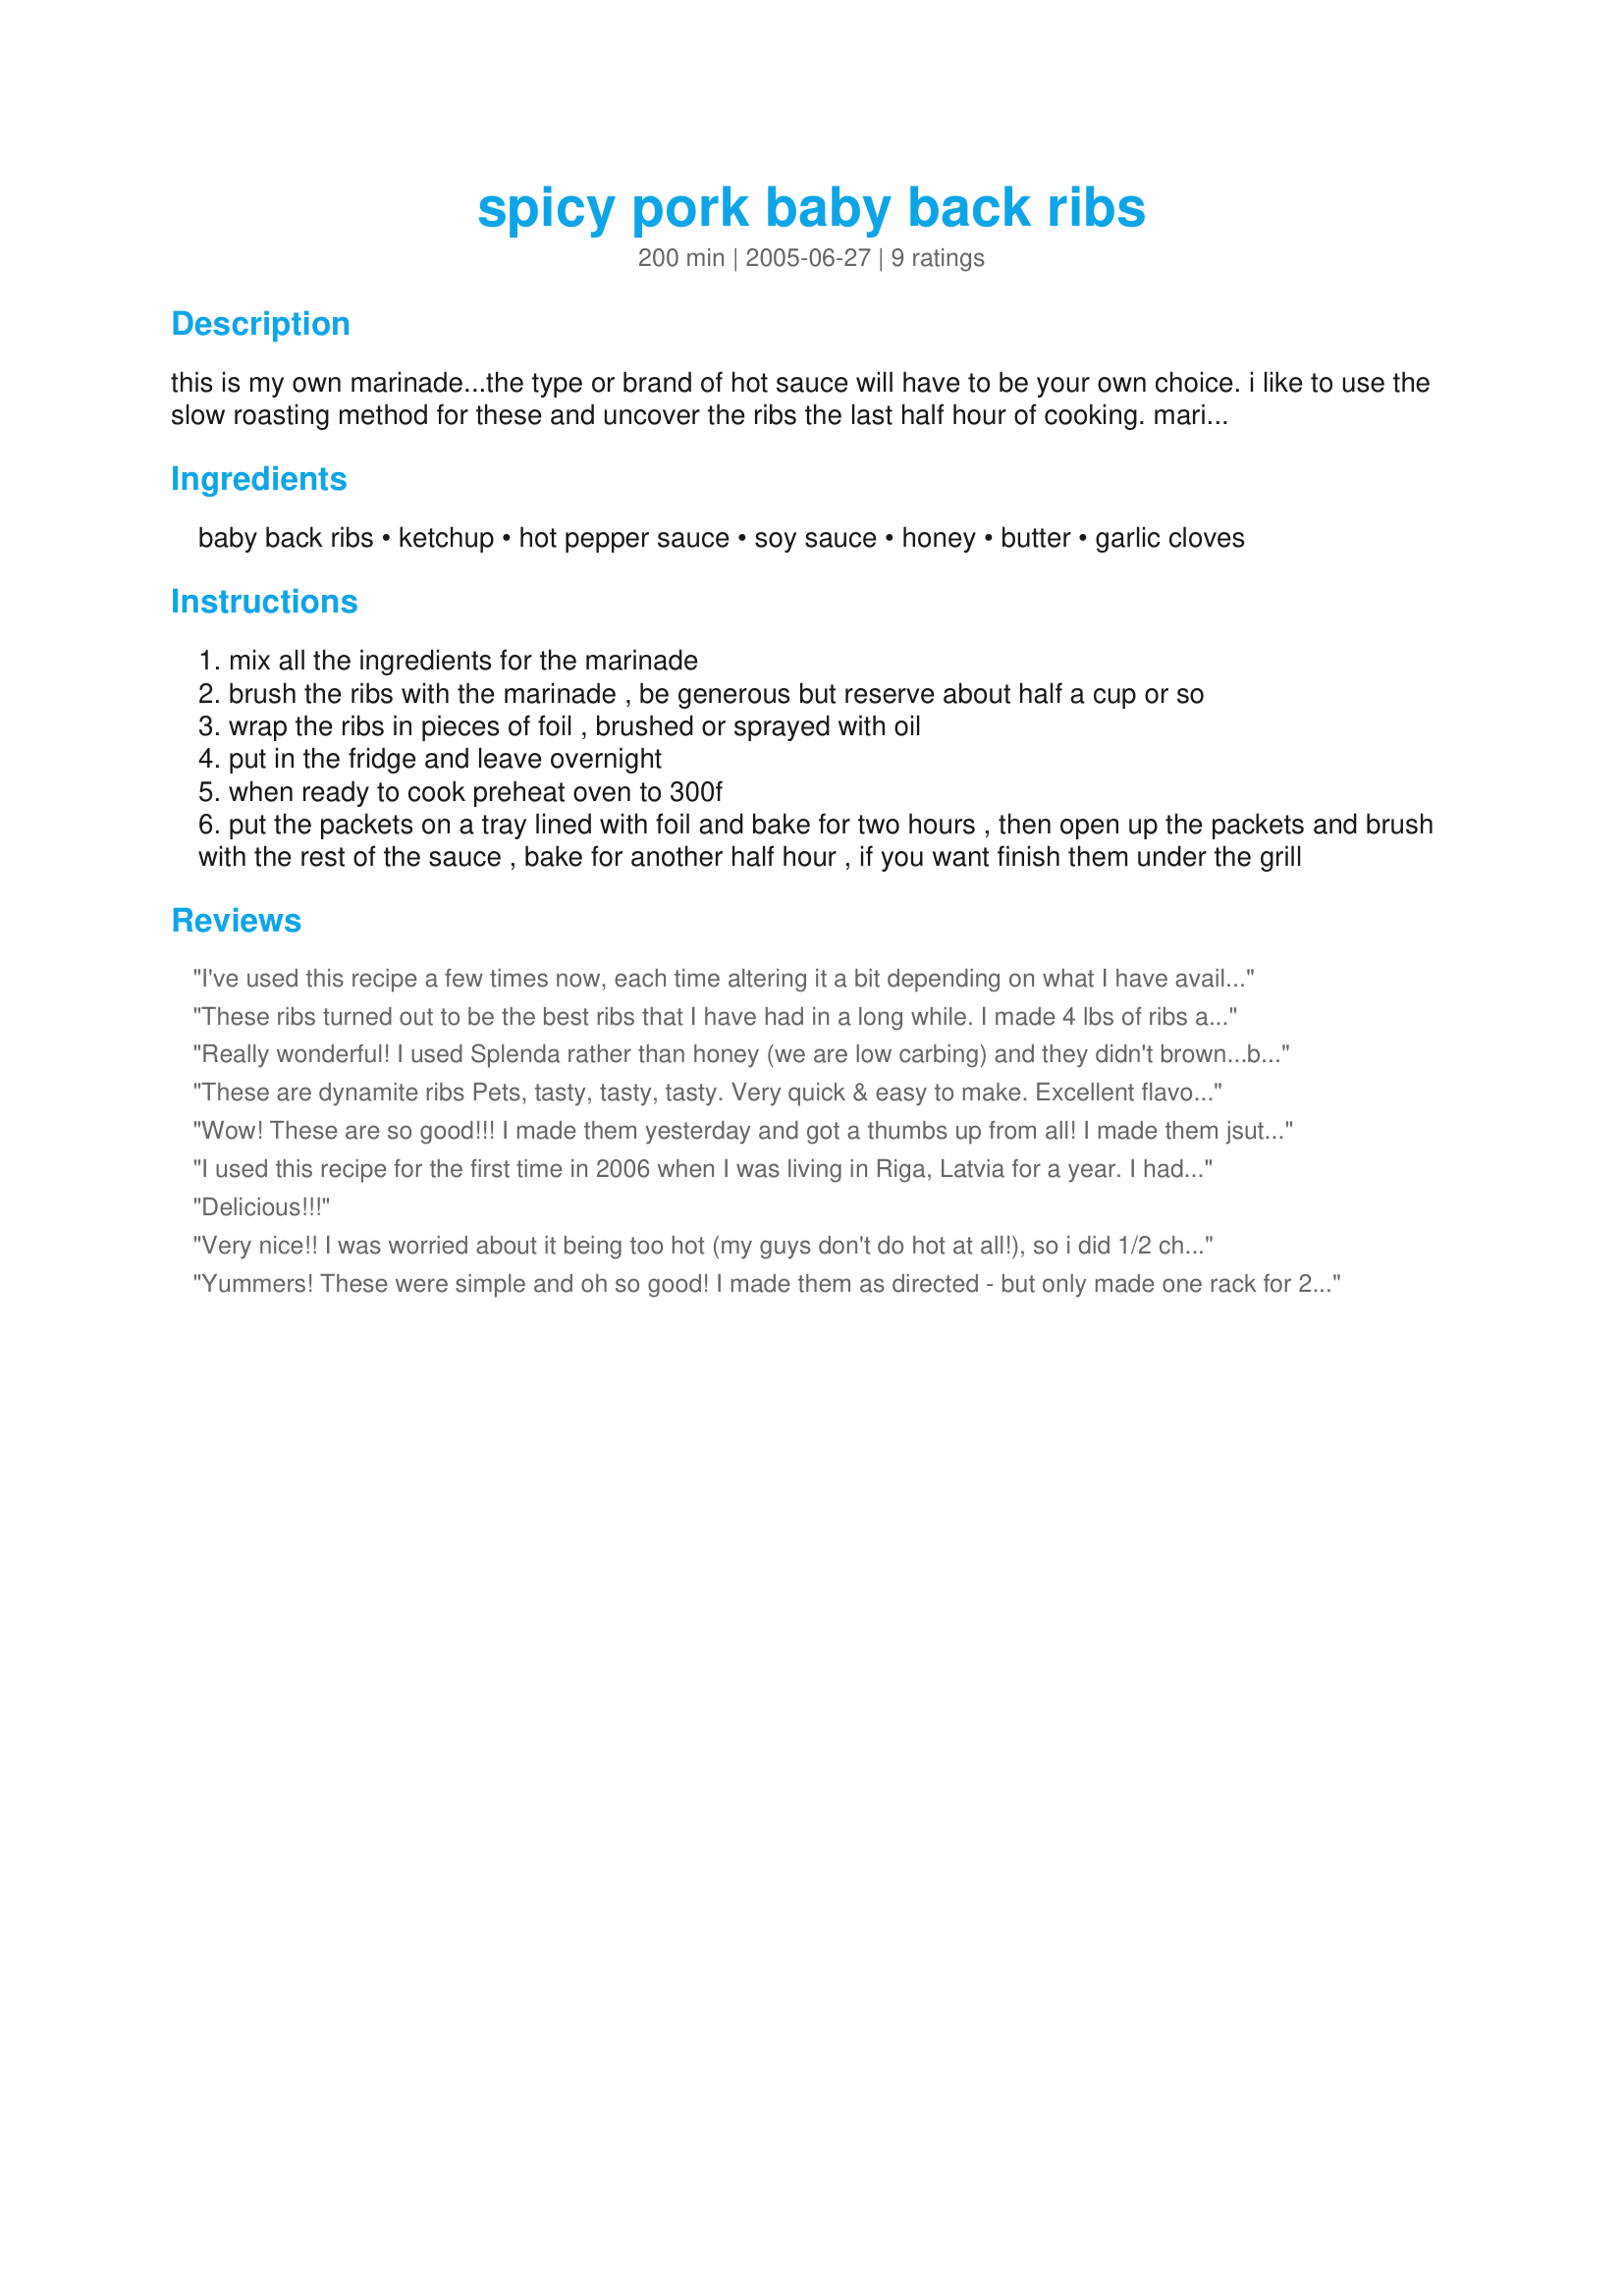
spicy pork baby back ribs
Preparation time: 200 minutes

this is my own marinade...the type or brand of hot sauce will have to be your own choice. i like to use the slow roasting method for these and uncover the ribs the last half hour of cooking.
marinating time not included.

Ingredients:
baby back ribs, ketchup, hot pepper sauce, soy sauce, honey, butter, garlic cloves

Steps:
mix all the ingredients for the marinade
brush the ribs with the marinade , be generous but reserve about half a cup or so
wrap the ribs in pieces of foil , brushed or sprayed with oil
put in the fridge and leave overnight
when ready to cook preheat oven to 300f
put the packets on a tray lined with foil and bake for two hours , then open up the packets and brush with the rest of the sauce , bake for another half hour , if you want finish them under the grill

Reviews:
I've used this recipe a few times now, each time altering it a bit depending on what I have available at home. This time I switched out the hot sauce for three jalapenos and added a touch of Worcestershire. Yum!
These ribs turned out to be the best ribs that I have had in a long while. I made 4 lbs of ribs and my son and I ate all but 3 ribs! I will make this again soon. I uesed less hot sauce and more ketchup.
Really wonderful! I used Splenda rather than honey (we are low carbing) and they didn't brown...but the texture was fantastic. Next time, I'll pop them on the BBQ
These are dynamite ribs Pets, tasty, tasty, tasty. Very quick & easy to make. Excellent flavour, the meat just falls off the bones, very tender. The sauce is lovely and spicy. Thanks so much for sharing.
Wow! These are so good!!! I made them yesterday and got a thumbs up from all! I made them jsut as Pets posted except that I finished them up on the grill. I was afraid that the hot sauce would be too much for me but it was just right. The meat just fell off the bones and it was a little hard to finish them on the grill. Excellent recipe!!! Thank you for posting a recipe that we will be making again and again!
I used this recipe for the first time in 2006 when I was living in Riga, Latvia for a year. I had a Christmas party for my Latvian colleagues, who had never had barbecue ribs. These were the hit of the evening. I go back to this recipe time after time, and it always gets the highest of praise. I wouldn't change a thing. Absolutely perfect. Thank you for posting it!
Delicious!!!
Very nice!! I was worried about it being too hot (my guys don't do hot at all!), so i did 1/2 chili sauce and half hot pepper sauce. It was flavorful but mild. I'll use more pepper sauce next time. I didn't think I'd like the sauce after tasting it when first mixed, but was pleasantly surprized. I really liked it too!!
Yummers! These were simple and oh so good! I made them as directed - but only made one rack for 2 of us. Although I like spicy, I started out with 1/2 of the hot pepper sauce just in case, and kept adding as I went along. I ended up using the full 1/2 cup, lol. Thanks once more Pets for a great keeper. Made for Cookathon for Pets'R'us.
